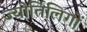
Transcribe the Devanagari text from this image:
ज्योर्तिलिगों